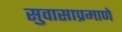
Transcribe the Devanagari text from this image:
सुवासाप्रमाणे